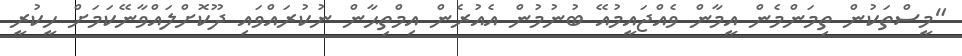
"މީސްތަކުން ތިމަންމެން އީމާން ވެއްޖައީމުއޭ ބުނުމުން އެއުރެން އިމްތިޙާން ނުކުރައްވައި ދޫކޮށްލައްވާނޭކަމަށް ހީކުރީ